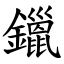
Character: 鑞